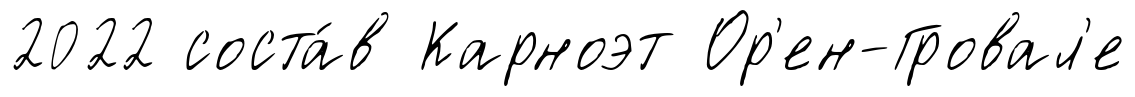
2022 соста́в Карноэт Ор'ен-Гровал'е